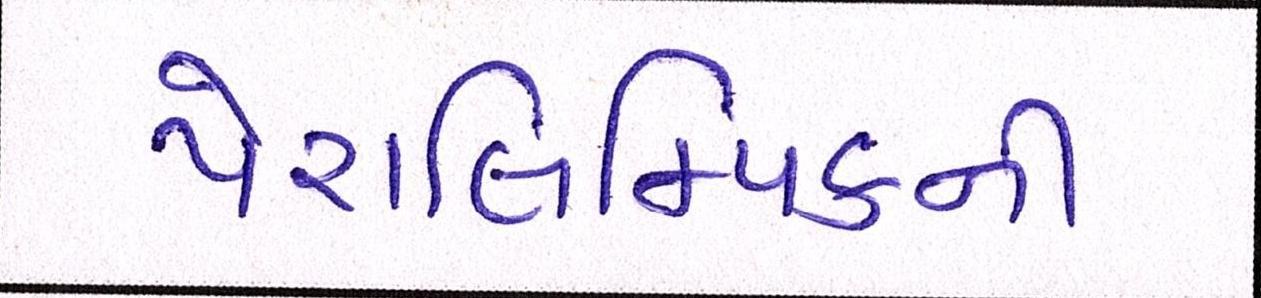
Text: પેરાલિમ્પિકની